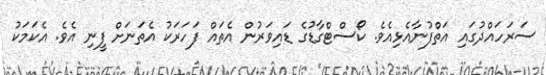
ސަރަހައްދުގައި އަތްފުނާއެޅިއެވެ. ކޯސްޓްގާޑުގެ ޑައިވަރުން އެތައް ފަހަރަކު އެތަނަށް ފީނި އެވެ. އެކަމަކު